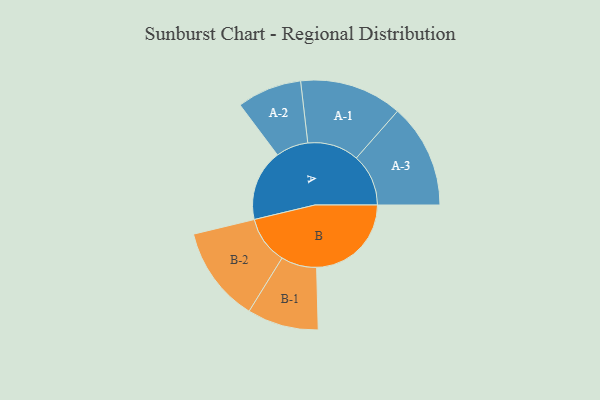
{"axis": {"x": "Segment", "y": "Value"}, "legend": ["", "A", "B"], "data": [{"x": "A", "y": 368, "type": ""}, {"x": "B", "y": 489, "type": ""}, {"x": "A-1", "y": 265, "type": "A"}, {"x": "A-2", "y": 167, "type": "A"}, {"x": "A-3", "y": 269, "type": "A"}, {"x": "B-1", "y": 184, "type": "B"}, {"x": "B-2", "y": 247, "type": "B"}]}